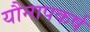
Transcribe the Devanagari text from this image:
यौनापकर्ष